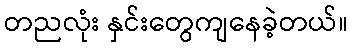
တညလုံး နှင်းတွေကျနေခဲ့တယ်။